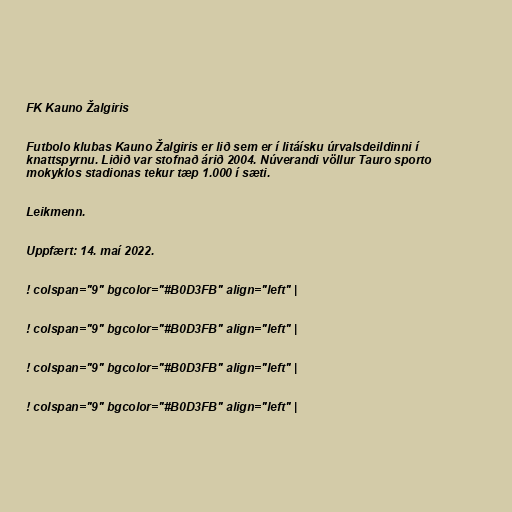
FK Kauno Žalgiris

Futbolo klubas Kauno Žalgiris er lið sem er í litáísku úrvalsdeildinni í
knattspyrnu. Liðið var stofnað árið 2004. Núverandi völlur Tauro sporto
mokyklos stadionas tekur tæp 1.000 í sæti.

Leikmenn.

Uppfært: 14. maí 2022.

! colspan="9" bgcolor="#B0D3FB" align="left" |

! colspan="9" bgcolor="#B0D3FB" align="left" |

! colspan="9" bgcolor="#B0D3FB" align="left" |

! colspan="9" bgcolor="#B0D3FB" align="left" |